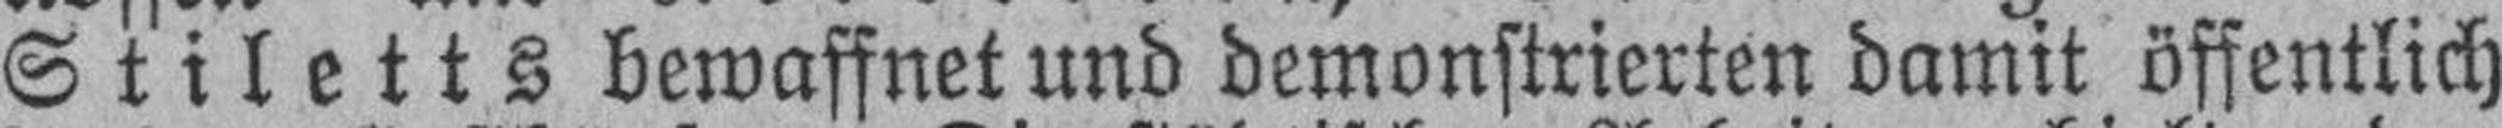
Stiletts bewaffnet und demonstrierten damit öffentlich